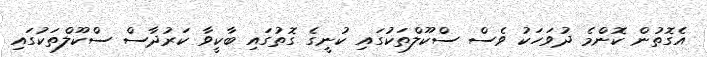
އެގޮތުން ކޮންމެ ދުވަހަކު ވެސް ސްކޫލްތަކުގައި ކުނީގެ ގޮތުގައި ބާކީވާ ކަރުދާސް ސްކޫލްތަކުގައި